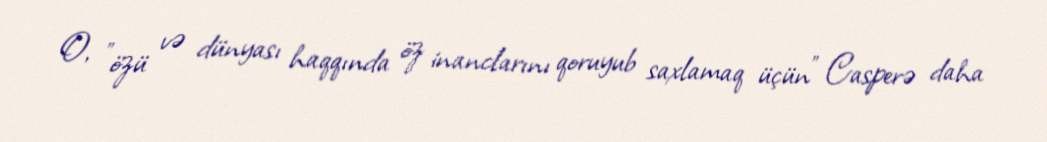
O, "özü və dünyası haqqında öz inanclarını qoruyub saxlamaq üçün" Casperə daha